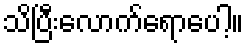
သိပြီးလောက်ရောပေါ့။